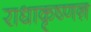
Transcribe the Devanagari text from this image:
राधाकृष्णऩ